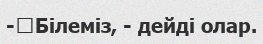
-	Білеміз, - дейді олар.